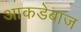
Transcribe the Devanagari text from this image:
आकडेबाज